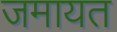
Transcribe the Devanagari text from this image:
जमायत